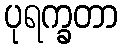
ပုရက္ခတာ